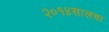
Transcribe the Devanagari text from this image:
२०१४सालचा